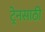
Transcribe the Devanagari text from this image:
ट्रेनसाठी